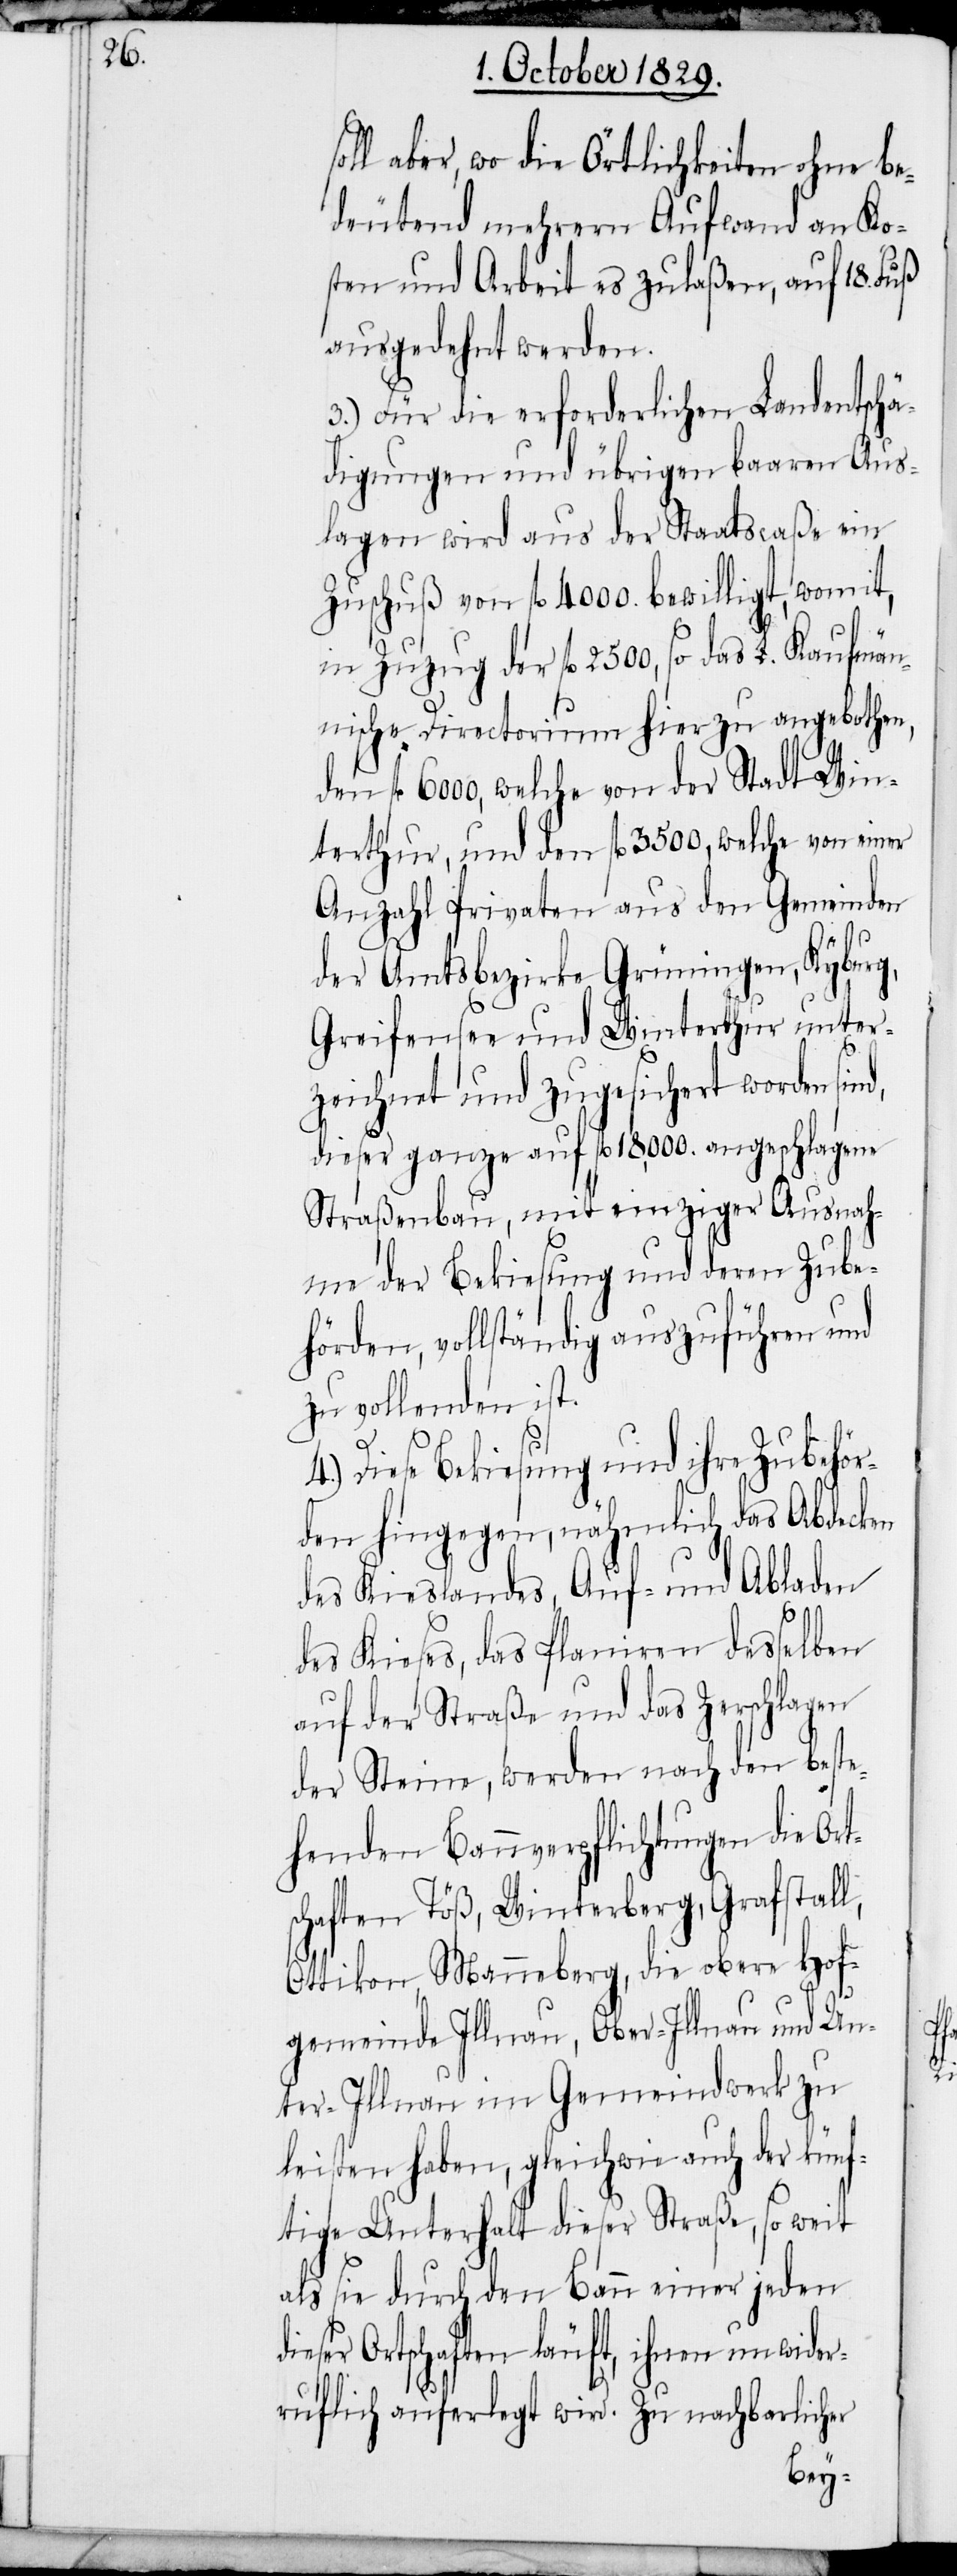
oll aber, wo die Örtlichkeiten ohne be¬
deutend mehrern Aufwand an Ko¬
sten und Arbeit es zulassen, auf 18. Fuß
ausgedehnt werden.
3.) Für die erforderlichen Landentschä¬
digungen und übrigen baaren Aus¬
lagen wird aus der Staatscaße ein
Zuschuß von fl. 4000. bewilligt, womit,
in Zuzug der fl. 2500, so das L. Kaufmän¬
nische Directorium hierzu angebothen,
den fl. 6000, welche von der Stadt Win¬
terthur, und den fl. 3500, welche von einer
Anzahl Privaten aus den Gemeinden
t¬
der Amtsbezirke Grüningen, Kyburg,
Greifensee und Winterthur unter¬
zeichnet und zugesichert worden
dieser ganze auf fl. 18000. angeschlagene
Straßenbau, mit einziger Ausnah¬
me der Bekiesung und deren Zube¬
hörden, vollständig auszuführen und
zu vollenden ist.
4.) Diese Bekiesung und ihre Zubehör¬
den hingegen, nähmlich das Abdecken
des Kieslandes, Auf- und Abladen
des Kieses, das Planieren desselben
auf der Straße und das Zerschlagen
der Steine, werden nach den beste¬
henden Bauverpflichtungen die Or¬
schaften Töß, Winterberg, Grafstall,
Ottikon, Manneberg, die obere Hof¬
gemeinde Illnau, Ober-Illnau und Un¬
ter-Illnau im Gemeindwerk zu
leisten haben, gleichwie auch der künf¬
tige Unterhalt dieser Straße, so weit
als sie durch den Bann einer jeden
dieser Ortschaften läuft, ihnen unwider¬
ruflich auferlegt wird. Zu nachbarlicher